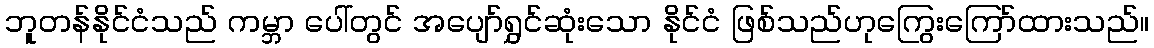
ဘူတန်နိုင်ငံသည် ကမ္ဘာ ပေါ်တွင် အပျော်ရွှင်ဆုံးသော နိုင်ငံ ဖြစ်သည်ဟုကြွေးကြော်ထားသည်။